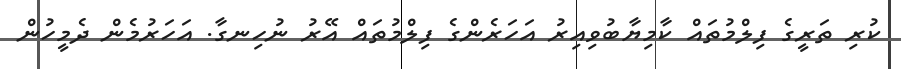
ކުރި ތަރީގެ ފިލްމުތައް ކާމިޔާބުވިއިރު އަހަރެންގެ ފިލްމުތައް އޭރު ނުހިނގާ. އަހަރުމެން ދެމީހުން